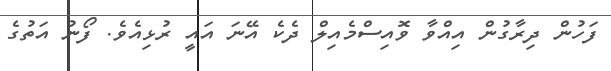
ފަހުން ދިރާގުން އިއްވާ ވޮއިސްމެއިލް ދެކެ އޭނަ އައީ ރުޅިއެވެ. ފޯނު އަތުގެ